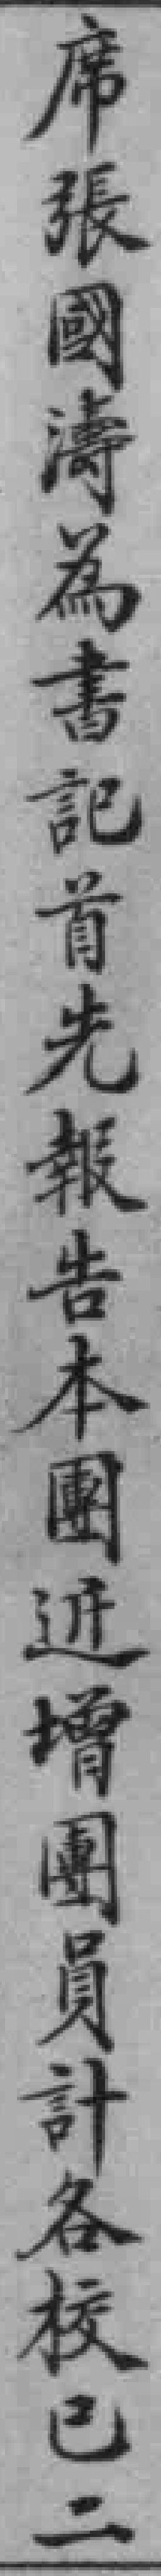
席張國濤為書記首先報告本團近增團員計各校已二